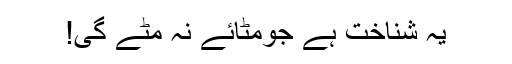
یہ شناخت ہے جومٹائے نہ مٹے گی!